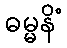
ဓမ္မနိံ